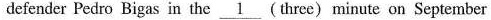
defender Pedro Bigas in the \underline{1} (three) minute on September